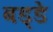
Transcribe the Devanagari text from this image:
बड्डे